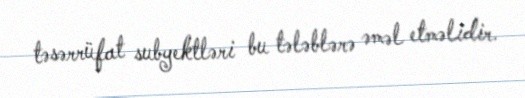
təsərrüfat subyektləri bu tələblərə əməl etməlidir.